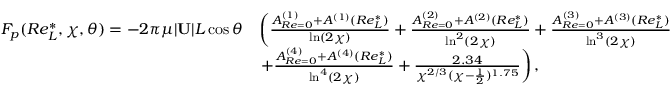
\begin{array} { r l } { F _ { p } ( R e _ { L } ^ { * } , \chi , \theta ) = - 2 \pi \mu | \mathbf { U } | L \cos \theta } & { \left( \frac { A _ { R e = 0 } ^ { ( 1 ) } + A ^ { ( 1 ) } ( R e _ { L } ^ { * } ) } { \ln ( 2 \chi ) } + \frac { A _ { R e = 0 } ^ { ( 2 ) } + A ^ { ( 2 ) } ( R e _ { L } ^ { * } ) } { \ln ^ { 2 } ( 2 \chi ) } + \frac { A _ { R e = 0 } ^ { ( 3 ) } + A ^ { ( 3 ) } ( R e _ { L } ^ { * } ) } { \ln ^ { 3 } ( 2 \chi ) } \right. } \\ & { \left. + \frac { A _ { R e = 0 } ^ { ( 4 ) } + A ^ { ( 4 ) } ( R e _ { L } ^ { * } ) } { \ln ^ { 4 } ( 2 \chi ) } + \frac { 2 . 3 4 } { \chi ^ { 2 / 3 } ( \chi - \frac { 1 } { 2 } ) ^ { 1 . 7 5 } } \right) , } \end{array}